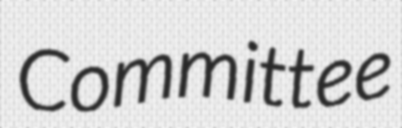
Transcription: Committee